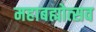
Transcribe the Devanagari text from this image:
महाबह्मोत्‍सव